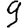
Digit: 9